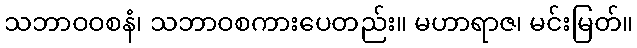
သဘာဝဝစနံ၊ သဘာဝစကားပေတည်း။ မဟာရာဇ၊ မင်းမြတ်။